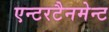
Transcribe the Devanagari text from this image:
एन्टरटैनमेन्ट